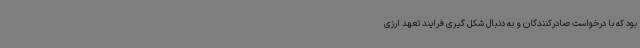
بود که با درخواست صادرکنندگان و به دنبال شکل گیری فرایند تعهد ارزی